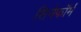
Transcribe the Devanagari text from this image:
सिनेफॉर्म